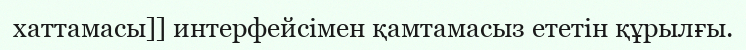
хаттамасы]] интерфейсімен қамтамасыз ететін құрылғы.